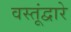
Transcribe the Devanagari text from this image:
वस्तूंद्वारे